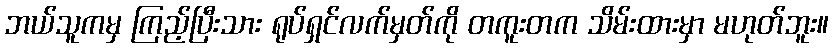
ဘယ်သူကမှ ကြည့်ပြီးသား ရုပ်ရှင်လက်မှတ်ကို တကူးတက သိမ်းထားမှာ မဟုတ်ဘူး။